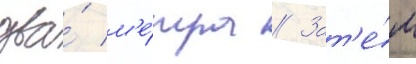
два́ м'е́тра // Зат'е́м